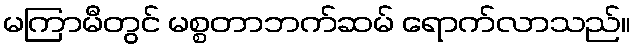
မကြာမီတွင် မစ္စတာဘက်ဆမ် ရောက်လာသည်။